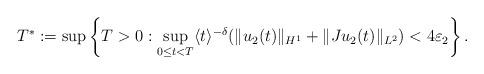
LaTeX: \begin{align*}T^{\ast} := \sup \left\{ T > 0 : \sup_{0\le t <T} \langle t \rangle^{-\delta} (\|u_2 (t)\|_{H^1} + \|Ju_2 (t)\|_{L^2}) < 4 \varepsilon_2 \right\}.\end{align*}